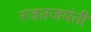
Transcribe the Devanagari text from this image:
रजतजयंती